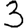
Digit: 3